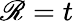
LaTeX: \mathscr{R}=t